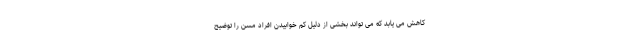
کاهش می یابد که می تواند بخشی از دلیل کم خوابیدن افراد مسن را توضیح